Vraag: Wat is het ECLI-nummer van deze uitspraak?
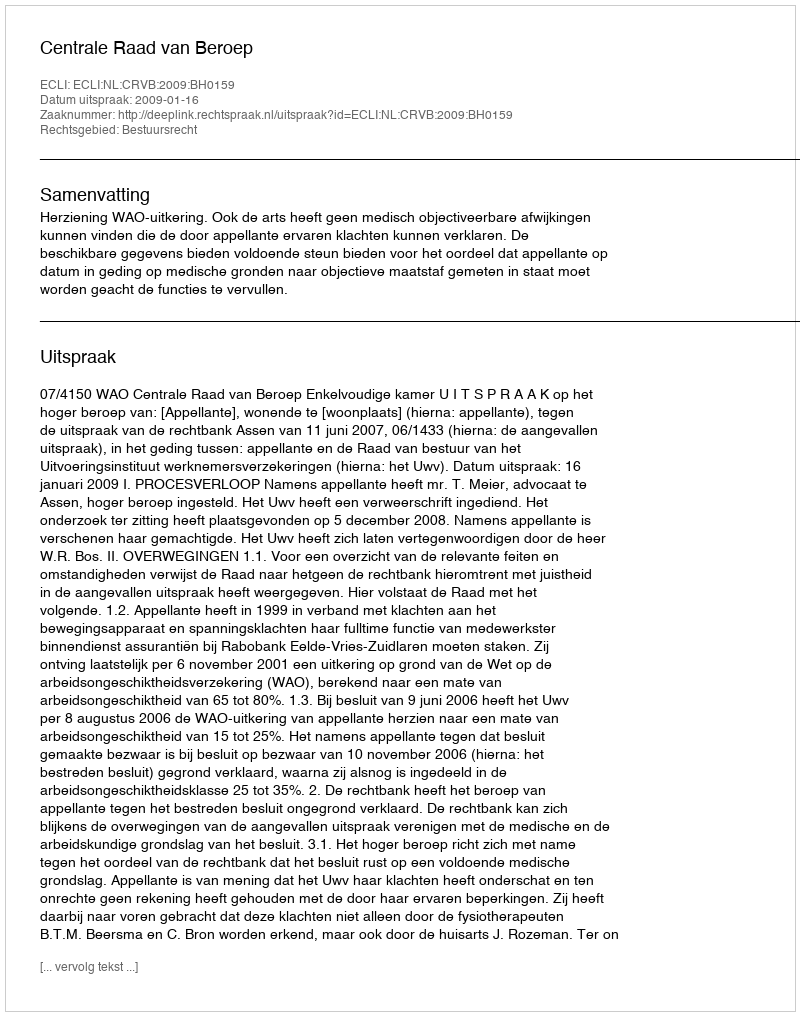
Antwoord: ECLI:NL:CRVB:2009:BH0159